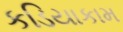
કડિયાકામ